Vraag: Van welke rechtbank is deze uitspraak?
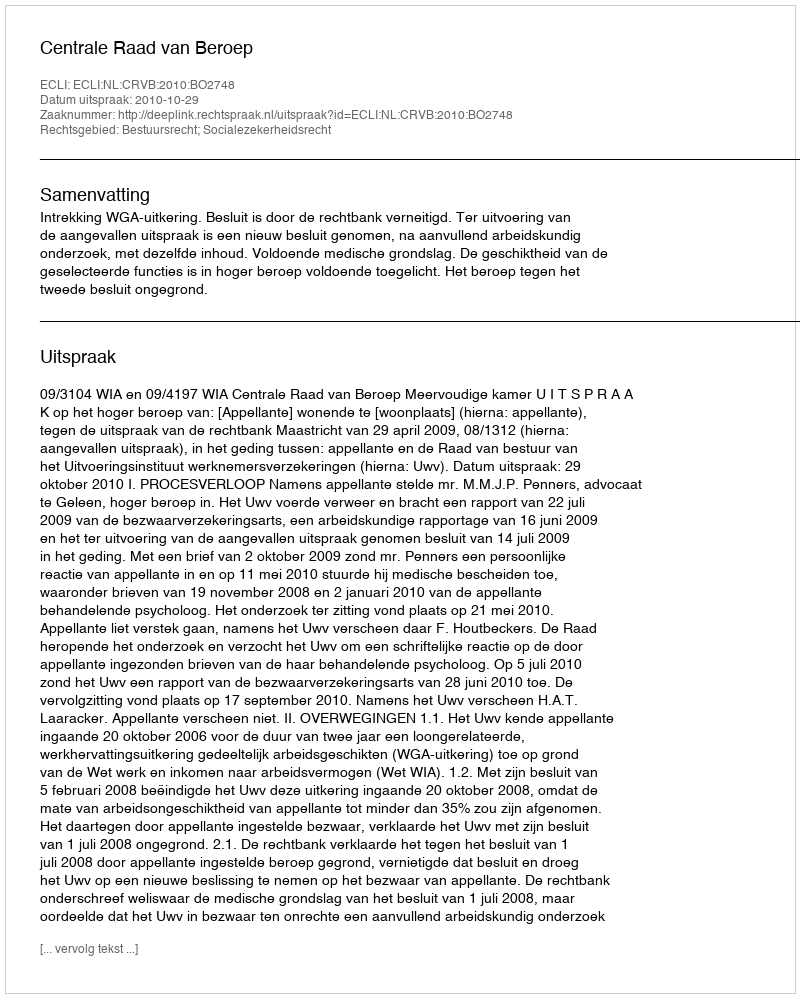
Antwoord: Centrale Raad van Beroep